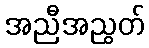
အညီအညွတ်